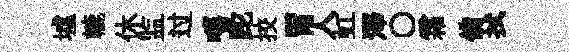
墟轆休监过嘻跎挍胃人虹澤〇霜備拭